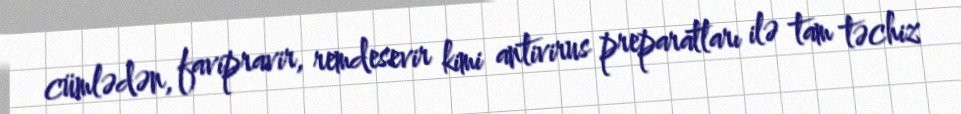
cümlədən, favipravir, remdesevir kimi antivirus preparatları ilə tam təchiz